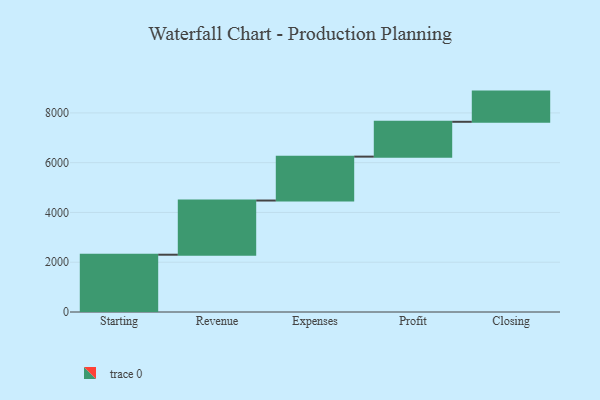
{"axis": {"x": "Step", "y": "Value"}, "legend": [""], "data": [{"x": "Starting", "y": 2302.0, "type": ""}, {"x": "Revenue", "y": 2177.0, "type": ""}, {"x": "Expenses", "y": 1764.0, "type": ""}, {"x": "Profit", "y": 1400.0, "type": ""}, {"x": "Closing", "y": 1213.0, "type": ""}]}